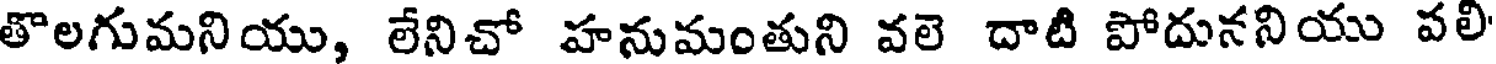
తొలగుమనియు, లేనిచో హనుమంతుని వలె దాటి పోదుననియు పలి